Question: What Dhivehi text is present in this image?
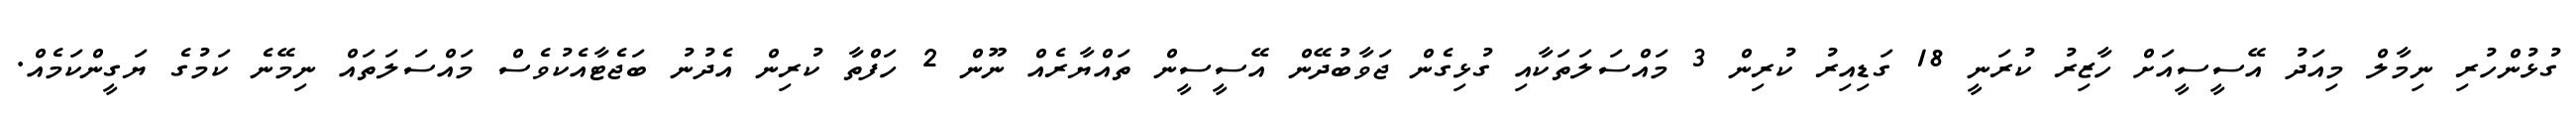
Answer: ގުޅުންހުރި ނިމާލް މިއަދު އޭސީސީއަށް ހާޒިރު ކުރަނީ 18 ގަޑިއިރު ކުރިން 3 މައްސަލަތަކާއި ގުޅިގެން ޖަވާބުދޭން އޭސީސީން ތައްޔާރެއް ނޫން 2 ހަފްތާ ކުރިން އެދުނު ބަޖެޓާއެކުވެސް މައްސަލަތައް ނިމޭނެ ކަމުގެ ޔަގީންކަމެއް.